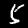
Digit: 5